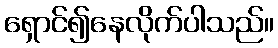
ရှောင်၍နေလိုက်ပါသည်။